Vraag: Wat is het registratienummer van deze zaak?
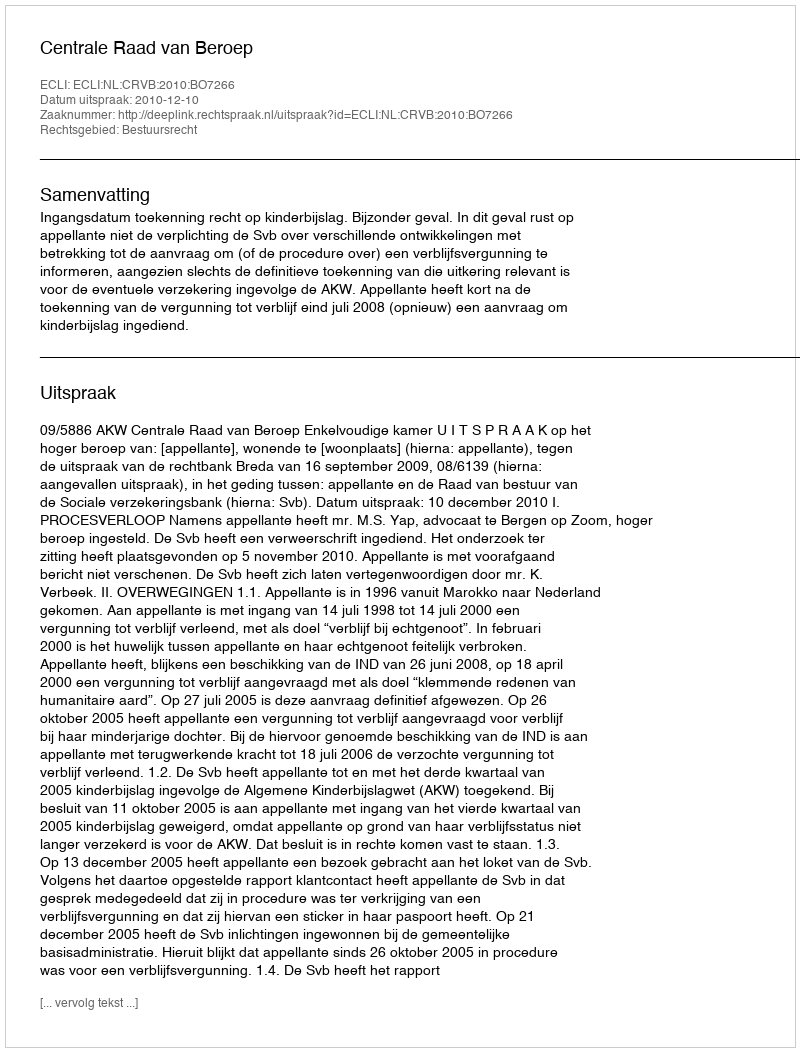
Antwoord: http://deeplink.rechtspraak.nl/uitspraak?id=ECLI:NL:CRVB:2010:BO7266